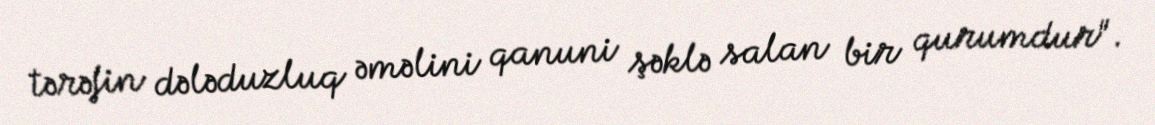
tərəfin dələduzluq əməlini qanuni şəklə salan bir qurumdur".